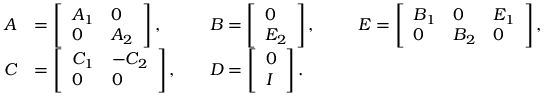
\begin{array} { r l r l r l } { A } & { = \left[ \begin{array} { l l } { A _ { 1 } } & { 0 } \\ { 0 } & { A _ { 2 } } \end{array} \right] , } & & { B = \left[ \begin{array} { l } { 0 } \\ { E _ { 2 } } \end{array} \right] , \; \; } & & { E = \left[ \begin{array} { l l l } { B _ { 1 } } & { 0 } & { E _ { 1 } } \\ { 0 } & { B _ { 2 } } & { 0 } \end{array} \right] , } \\ { C } & { = \left[ \begin{array} { l l } { C _ { 1 } } & { - C _ { 2 } } \\ { 0 } & { 0 } \end{array} \right] , } & & { D = \left[ \begin{array} { l } { 0 } \\ { I } \end{array} \right] . } \end{array}